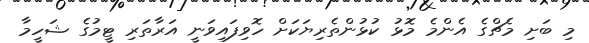
މި ބަށި މެޗްގެ އެންމެ މޮޅު ކުޅުންތެރިޔަކަށް ހޮވިފައިވަނީ އަރާތަރި ޓީމުގެ ޝަހީމާ